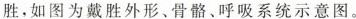
胜。如图为戴胜外形、骨骼、呼吸系统示意图。